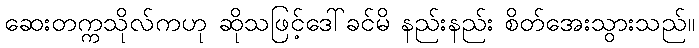
ဆေးတက္ကသိုလ်ကဟု ဆိုသဖြင့်ဒေါ်ခင်မိ နည်းနည်း စိတ်အေးသွားသည်။